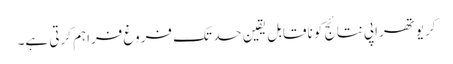
کریوتھراپی نتائج کو ناقابل یقین حد تک فروغ فراہم کرتی ہے۔